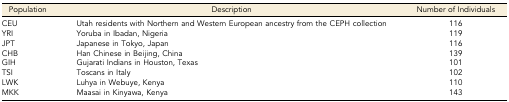
<table><thead><tr><td><b>Population</b></td><td><b>Description</b></td><td><b>Number of Individuals</b></td></tr></thead><tbody><tr><td>CEU</td><td>Utah residents with Northern and Western European ancestry from the CEPH collection</td><td>116</td></tr><tr><td>YRI</td><td>Yoruba in Ibadan, Nigeria</td><td>119</td></tr><tr><td>JPT</td><td>Japanese in Tokyo, Japan</td><td>116</td></tr><tr><td>CHB</td><td>Han Chinese in Beijing, China</td><td>139</td></tr><tr><td>GIH</td><td>Gujarati Indians in Houston, Texas</td><td>101</td></tr><tr><td>TSI</td><td>Toscans in Italy</td><td>102</td></tr><tr><td>LWK</td><td>Luhya in Webuye, Kenya</td><td>110</td></tr><tr><td>MKK</td><td>Maasai in Kinyawa, Kenya</td><td>143</td></tr></tbody></table>